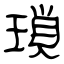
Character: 瑣